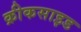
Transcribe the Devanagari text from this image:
क्रीकसाइड